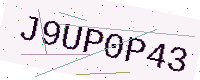
Text: J9UP0P43